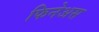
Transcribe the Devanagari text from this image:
फिनेअस